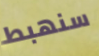
سنهبط